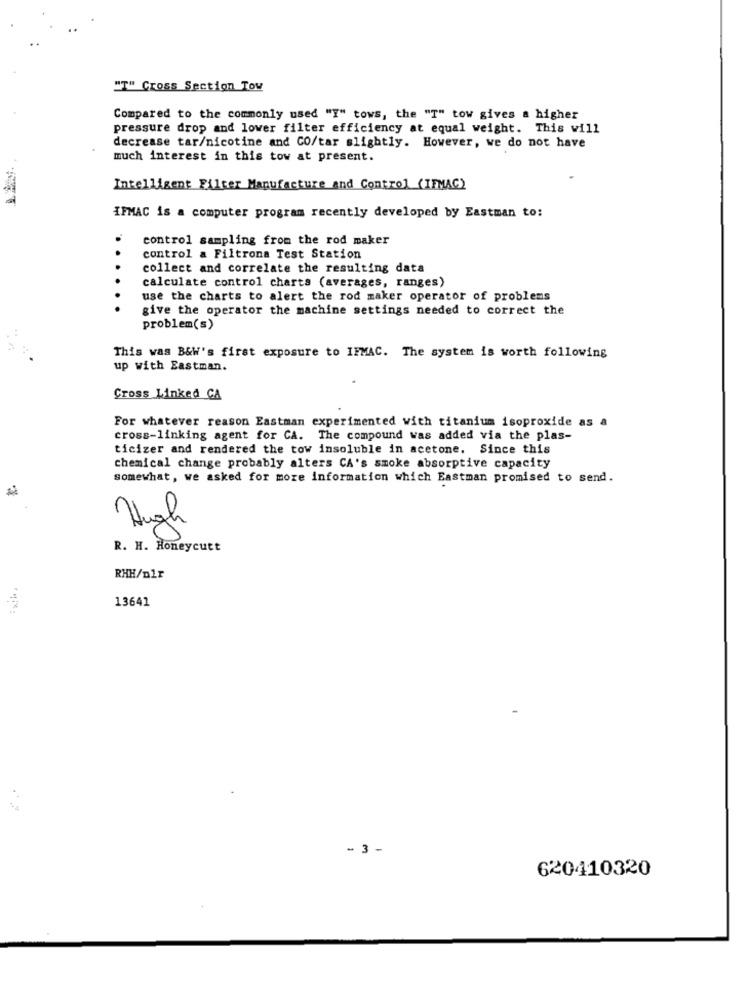
"T" Cross Section Tow
Compared to the commonly used "I" tows, the "T" tow gives a higher
pressure drop and lower filter efficiency at equal weight. This will
decrease tar/nicotine and CO/tar slightly. However, we do not have
much interest in this tow at present.
Intelligent Filter Manufacture and Control (IFMAC)
IFMAC is a computer program recently developed by Eastman to:
control sampling from the rod maker
control a Filtrona Test Station
collect and correlate the resulting data
calculate control charts (averages, ranges)
use the charts to alert the rod maker operator of problems
give the operator the machine settings needed to correct the
problem(s)
This was B&W's first exposure to IFMAC. The system is worth following
up with Eastman.
Cross Linked CA
For whatever reason Eastman experimented with titanium isoproxide as a
cross-linking agent for CA. The compound was added via the plas-
ticizer and rendered the tow insoluble in acetone. Since this
chemical change probably alters CA's smoke absorptive capacity
somewhat, we asked for more information which Eastman promised to send.
High
R. H. Honeycutt
RHH/D1r
13641
* ** =
- 3 -
620410320